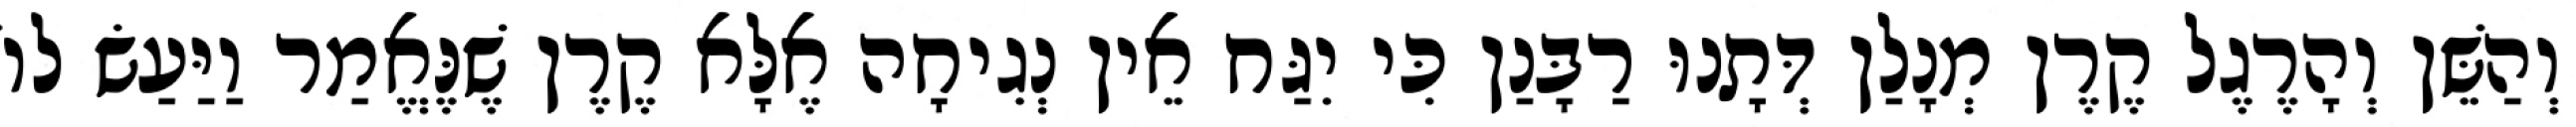
וְהַשֵּׁן וְהָרֶגֶל קֶרֶן מְנָלַן דְּתָנוּ רַבָּנַן כִּי יִגַּח אֵין נְגִיחָה אֶלָּא קֶרֶן שֶׁנֶּאֱמַר וַיַּעַשׂ לוֹ